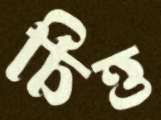
চিত্ত